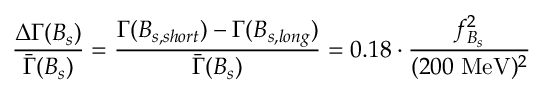
\frac { \Delta \Gamma ( B _ { s } ) } { \bar { \Gamma } ( B _ { s } ) } = \frac { \Gamma ( B _ { s , s h o r t } ) - \Gamma ( B _ { s , l o n g } ) } { \bar { \Gamma } ( B _ { s } ) } = 0 . 1 8 \cdot \frac { f _ { B _ { s } } ^ { 2 } } { ( 2 0 0 \; \mathrm { M e V } ) ^ { 2 } }